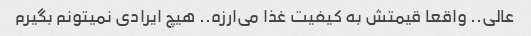
عالی.. واقعا قیمتش به کیفیت غذا می‌ارزه.. هیچ ایرادی نمیتونم بگیرم